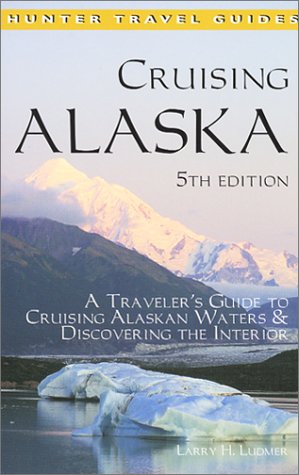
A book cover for Cruising Alaska: A Traveler's Guide to Cruising Alaskan Waters & Discovering the Interior (Cruising Alaska); Larry H. Ludmer; Travel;